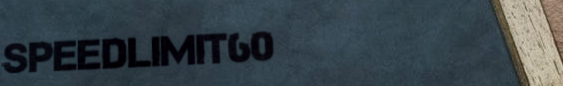
SpeedLimit60